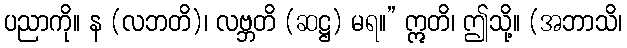
ပညာကို။ န (လဘတိ)၊ လဗ္ဘတိ (ဆဋ္ဌ) မရ။” ဣတိ၊ ဤသို့။ (အဘာသိ၊